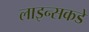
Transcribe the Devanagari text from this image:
लाइन्सकडे